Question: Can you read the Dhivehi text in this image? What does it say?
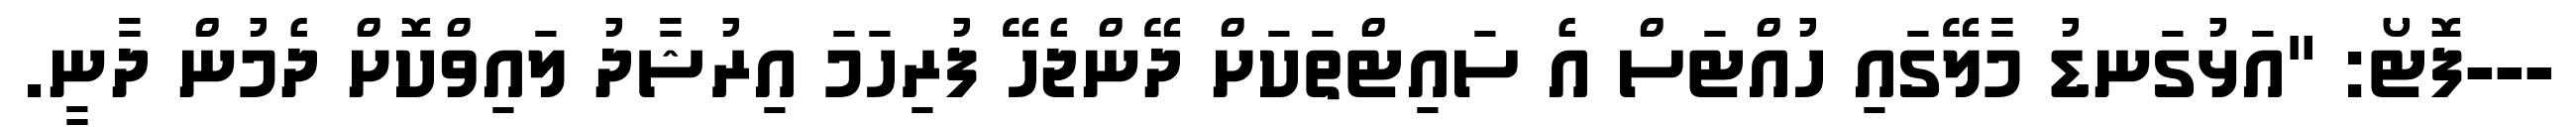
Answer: ---ފޮޓޯ: "އަޅުގަނޑު މާލޭގައި ހުއްޓަސް އެ ސައިޓްތަކަށް ދޭންޖެހޭ ފުރިހަމަ އިރުޝާދު ލައިވްކޮށް ދެމުން ދާނީ.